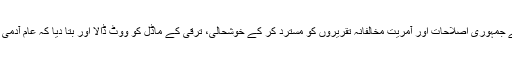
ترک عوام نے جمہوری اصلاحات اور آمریت مخالفانہ تقریروں کو مسترد کر کے خوشحالی، ترقی کے ماڈل کو ووٹ ڈالا اور بتا دیا کہ عام آدمی کیا چاہتا ہے۔